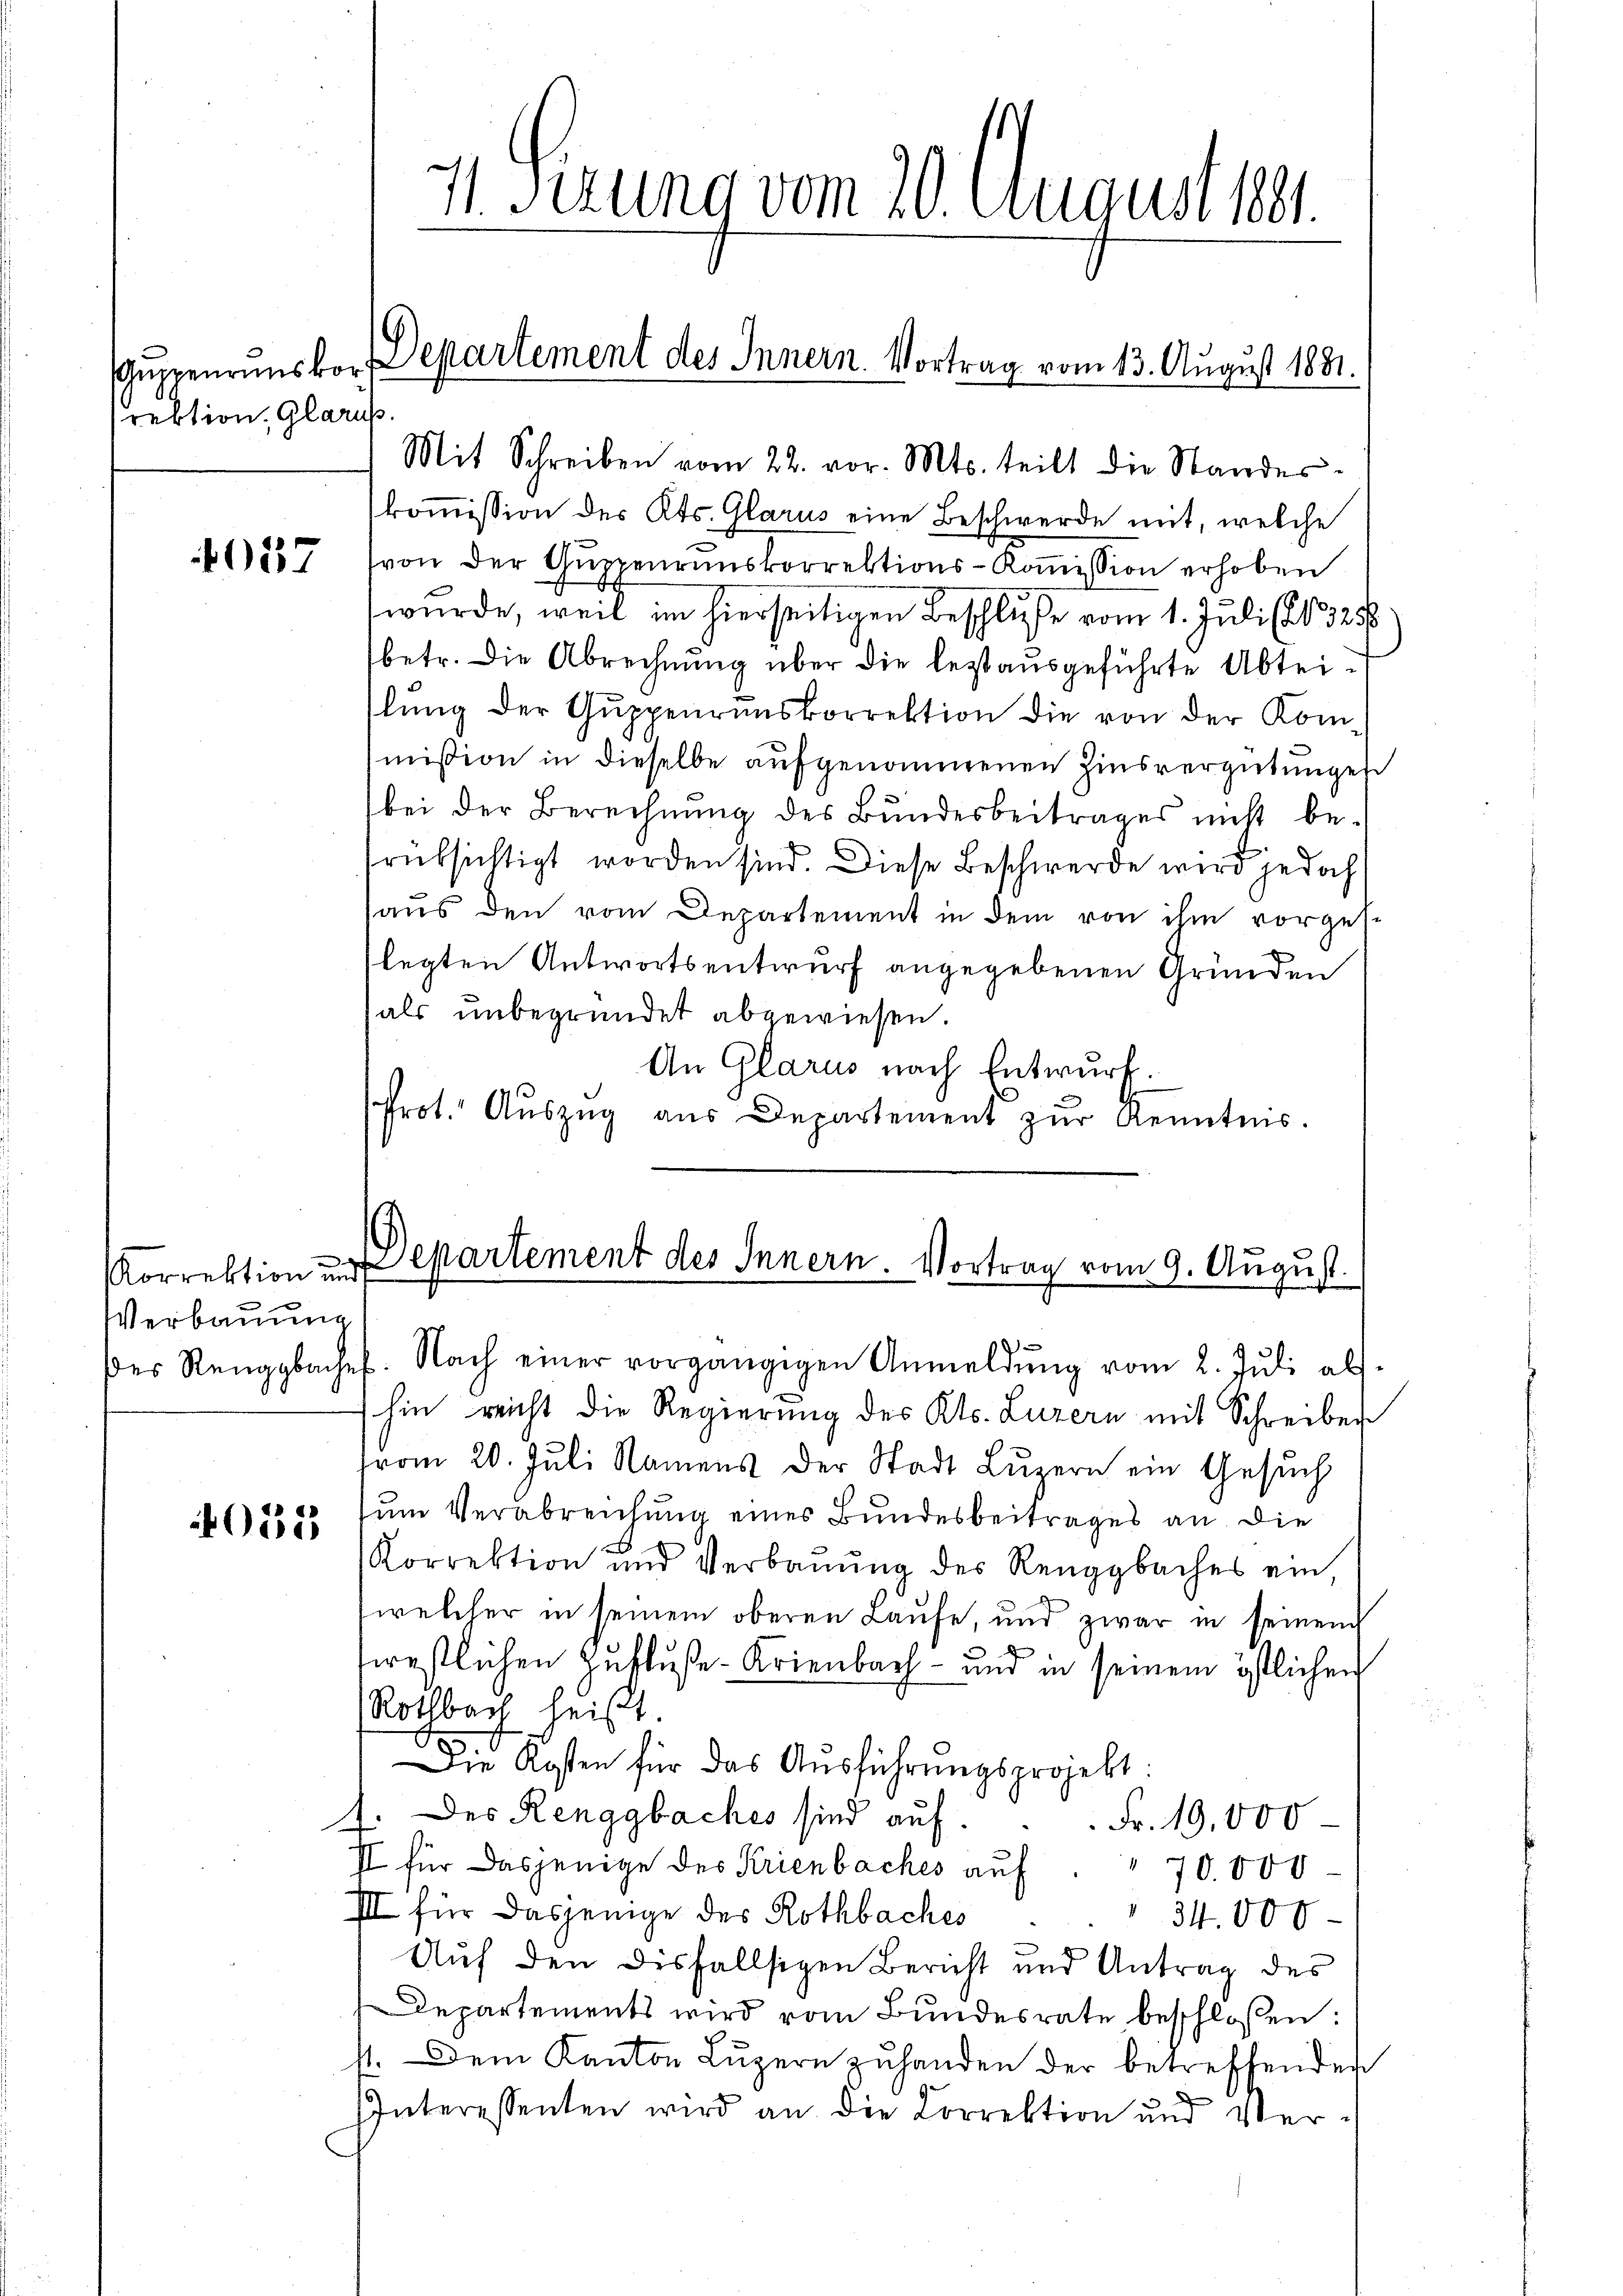
srektion, Glarus

4057

Korrektion und
Verbauung

4052

11. Sezung vom 20. August 191.

Mit Schreiben vom 22. vor. Mts. teilt die Standes-
kommission des Kts. Glarus eine Beschwerde mit, welche
von der Guppenrunskorrektions-Koṁission erhoben
wurde, weil im hierseitigen Beschluße vom 1. Juli (1326
betr. die Abrechnung über die bestausgeführte Abteislung der Gŭppenrŭnskorrektion die von der Kommißion in dieselbe aufgenommenen Zinsvergütungen
bei der Berechnung des Bundesbeitrages nicht befrüksichtigt worden sind. Diese Beschwerde wird jedoch
aus den vom Departement in dem von ihm vorges.
legten Antwortsentwurf angegebenen Gründen
als unbegründet abgewiesen.
An Glarus nach Entwurf.
Prot. Auszug aus Departement zur Kenntnis.

suppenruns vor Departement des Innern Vortrag vom 13. August 1881.

des Renggbache. Nach einer vorgängigen Anmeldŭng vom 2. Jŭli als
hin reicht die Regierung des Kts. Luzern mit Schreiben
from 20. Juli Namens der Stadt Luzern ein Gesuch
zum Verabreichung eines Bundesbeitrages an die
Korrektion und Verbaŭŭng des Renggbaches ein,
welcher in seinem oberen Laufe, und zwar in seinen
srestlichen Zufluße Krienbach – und in seinem östlichen
Rothbach heißt.
Die Kosten für das Ausführungsprojekt:
1. Des Renggbaches sind auf.  ..  ..  Fr. 19,000
II für dasjenige des Krienbaches auf 70.000
III für dasjenige des Rothbaches
34.000
Auf den disfallsigen Bericht und Antrag des
Departements wird vom Bundesrate beschlossen:
11. Dem Kanton Luzern zuhanden der betreffenden
Interessenten wird an die Correktion und Ver-

Departement des Innern. Vortrag vom 9. August.